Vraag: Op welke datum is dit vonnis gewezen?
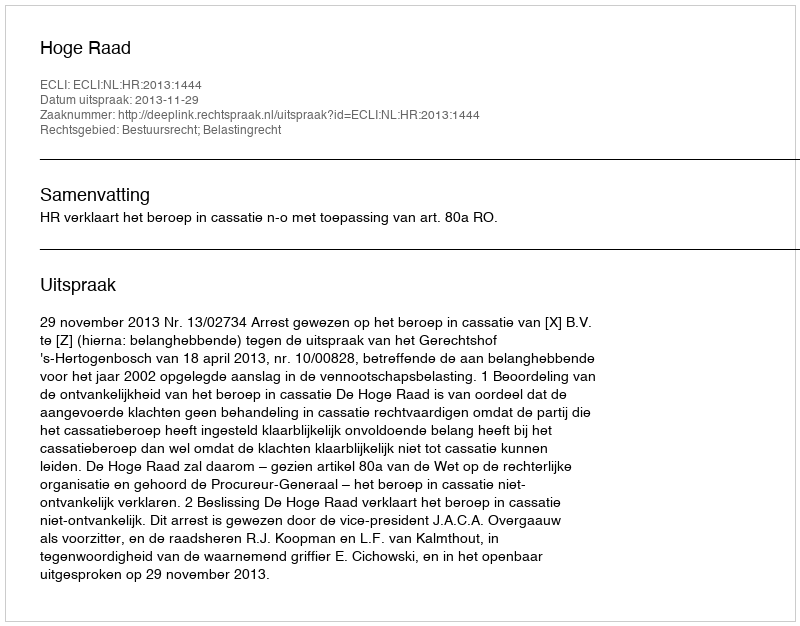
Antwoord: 2013-11-29